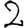
Digit: 2